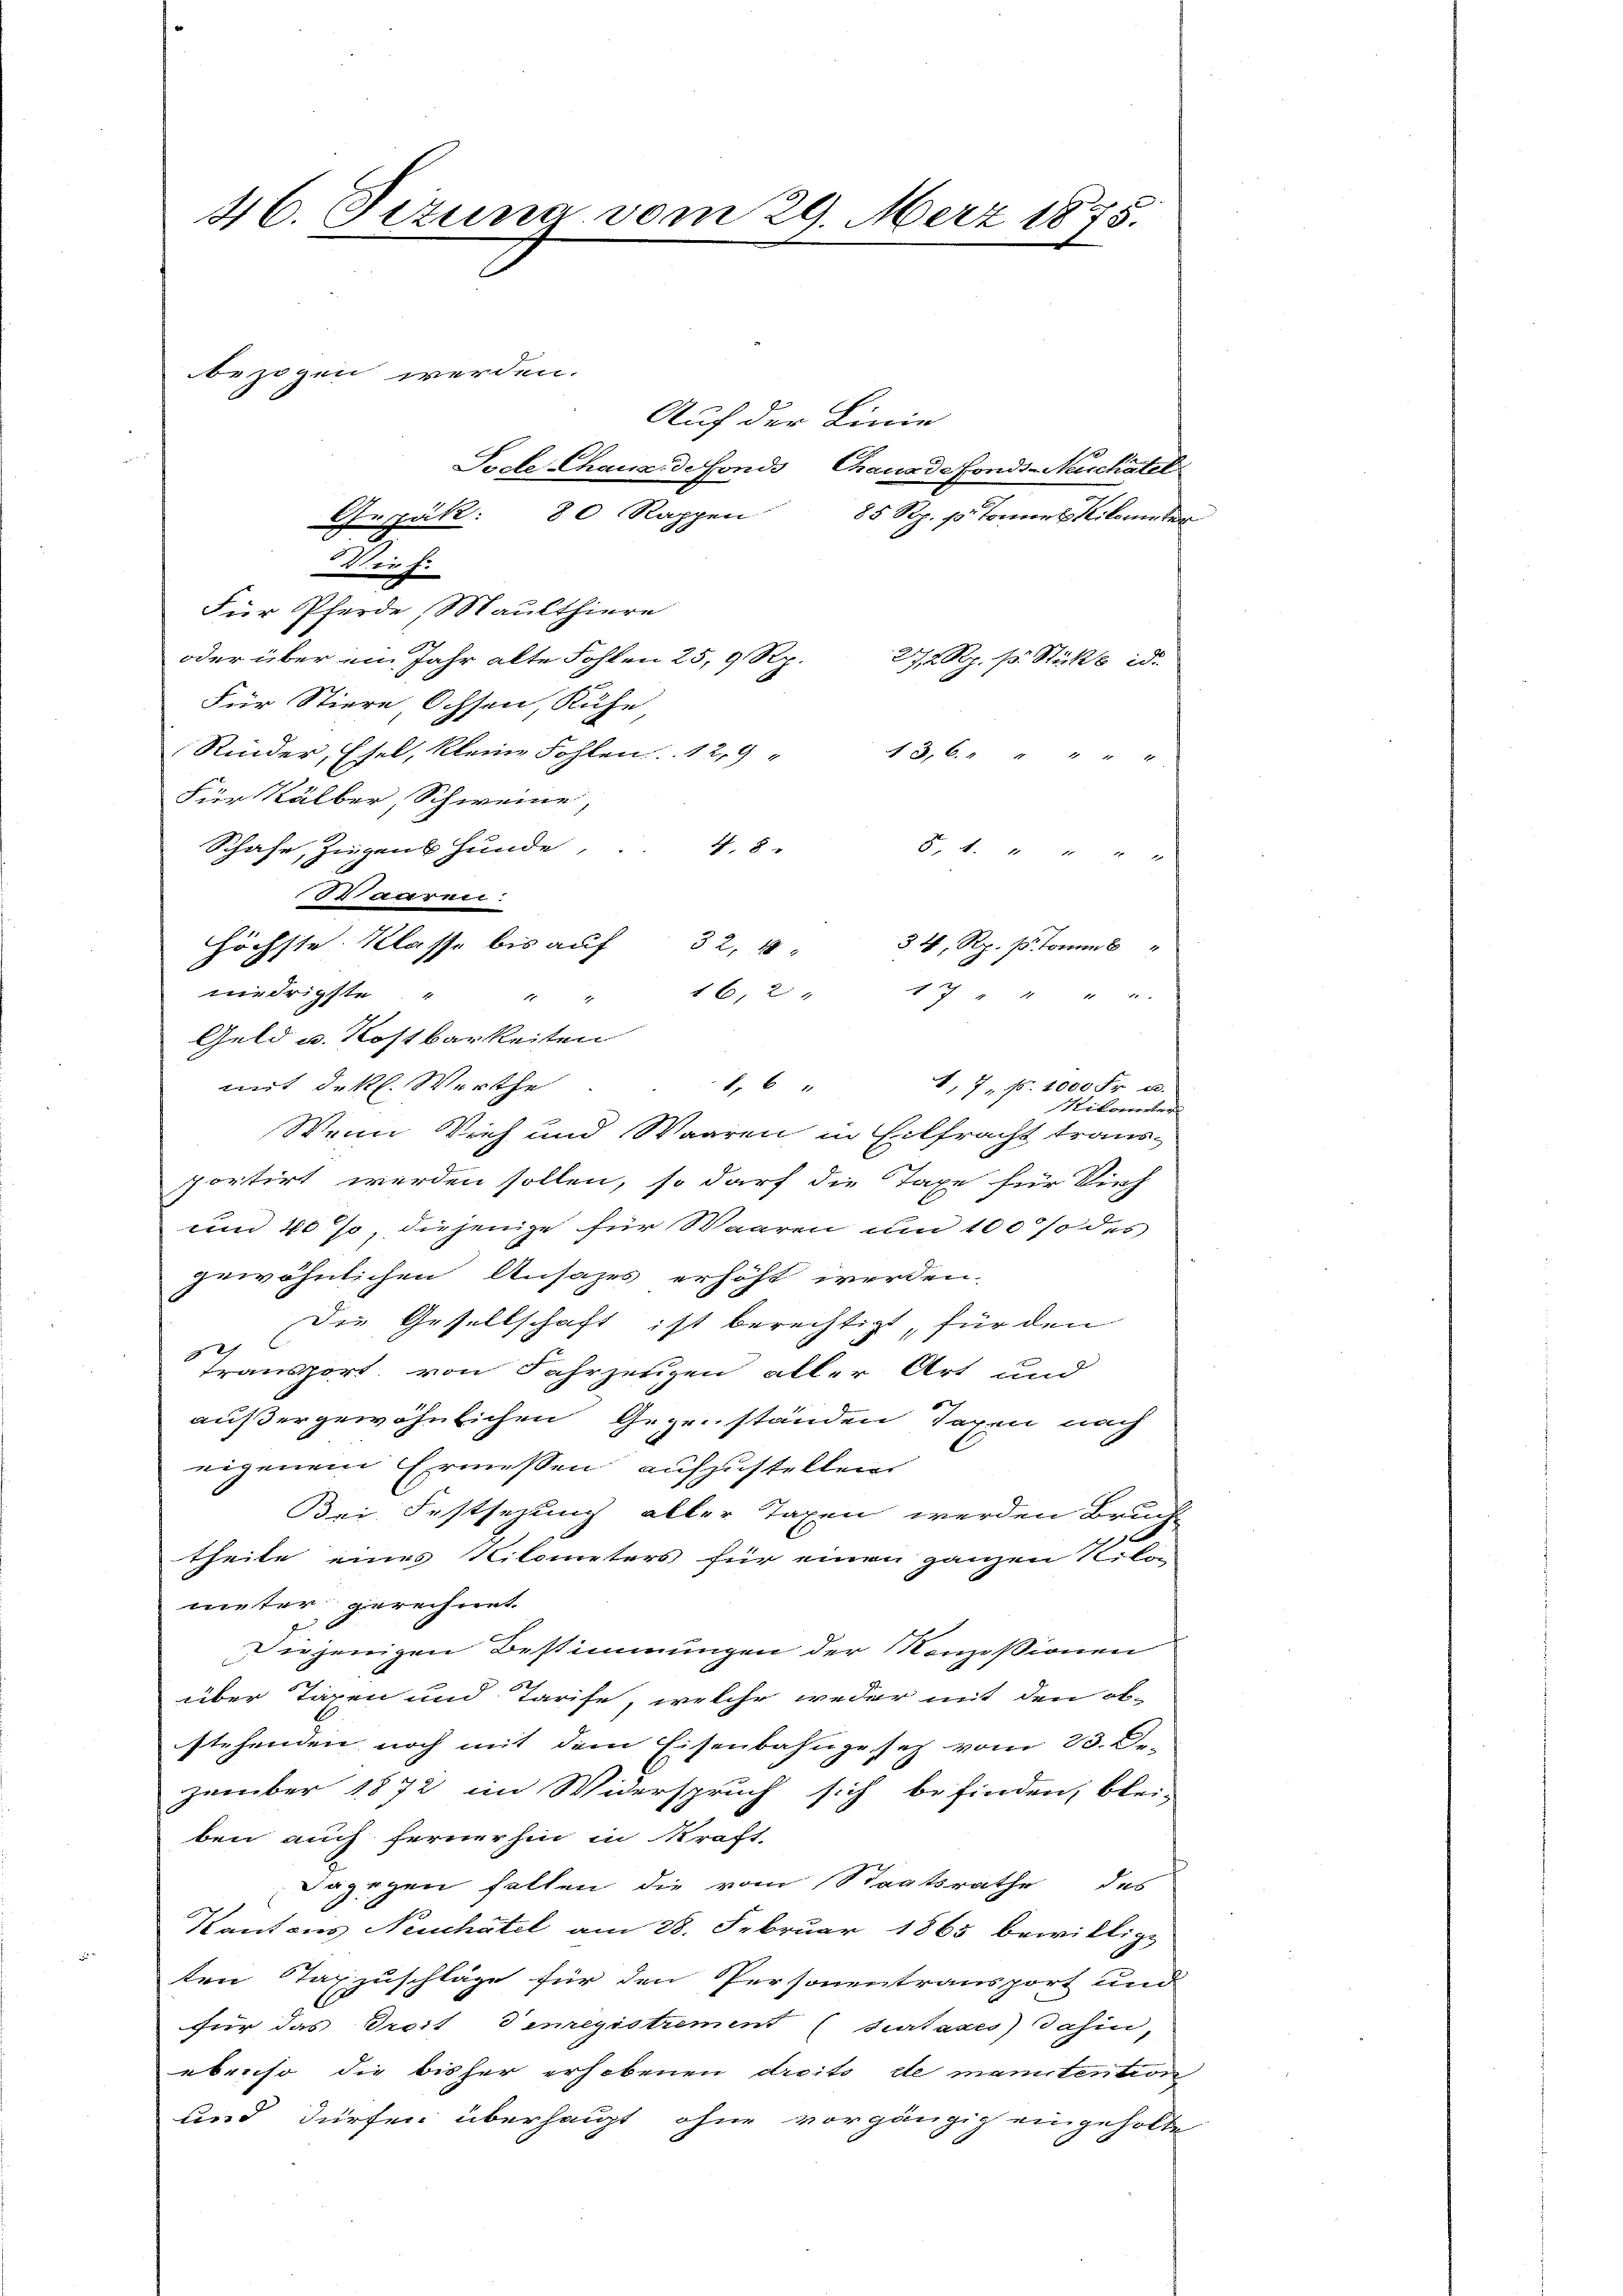
46. Fizuna vom 29. März 1875.
S
bezogen werden.
Auf der Linie
Tocte Chaus de fonds Chanade fonds-Neuchâtel
85 Rp. p. Tonnes Kilometer
Gesäk: 80 Rappen

Wirf.
Für Pferde, Maulthiere
oder über ein Jahr alte Fohlen 25, 9 Rp.
272 Rp. pr. Stücke id
Für Stiere Ochsen, Kuhe
Rinder, Esel, kleine Fohlen. 12,9 " 13,6 " " " " "
Für Kälber, Schweine,
Schafe, Zugens Hunde,
4. 8
 4 f 0 x
11 waren.
höchste Klasse bis auf 32. " 34 Rp. stamms "
niedrigste " " " 16, 2 17 " " " "
Geld u. Rostbarkeiten
mit dekl. Werthe
1,6
1, 7, No. 1000 Fr. u.
Ritanter
Wenn Vieh und Waaren in Eilfracht traus-
portirt werden sollen, so darf die Taxe für Vieh
um 40 Jo, diejenige für Waaren und 100% des
gewöhnlichen Ansazes erhöht werden.
Die Gesellschaft ist berechtigt, für den
22)
transport, von Fahrzeigen aller Art und
außergewöhnlichen Gegenständen Taxen nach
eigenem Ermessen aufzustellen.
Bei Festsezung aller Taxen werden Bruck
 x
theile eines Nilometers für einen ganzen N. Bo-
meter gerechnet.
Diejenigen Bestimmungen der Konzessionen
über Taxen und Tarife, welche weder mit den ob-
stehenden noch mit dem Eisenbahngesez vom 23. De-
zember 1872 im Widerspruch sich befinden, blei-
ben auch fernerhin in Kraft-
Dagegen fallen die vom Staatsrathe des
Kantons Neuchâtel am 28. Februar 1865 bewilligt
ten Tagzuschläge für den Personentransport und
2
für das Troit denregistrement (Surtases) dahin,
ebenso die bisher erhobenen dreits de manutention
und dürfen überhaupt, ohne vorgängig eingeholte